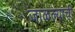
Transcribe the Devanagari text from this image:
जाळल्याची